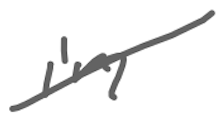
Text: in
Cross-out: diagonal
Writing tool: digital_gray